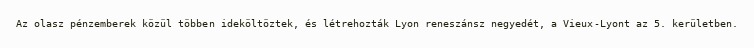
Az olasz pénzemberek közül többen ideköltöztek, és létrehozták Lyon reneszánsz negyedét, a Vieux-Lyont az 5. kerületben.